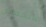
بانخفاض